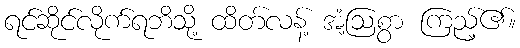
ရင်ဆိုင်လိုက်ရဘိသို့ ထိတ်လန့် အံ့ဩစွာ ကြည့်၏။